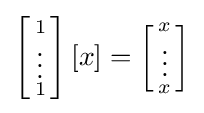
\left[{\begin{smallmatrix}1\\\vdots \\1\end{smallmatrix}}\right][x]=\left[{\begin{smallmatrix}x\\\vdots \\x\end{smallmatrix}}\right]